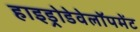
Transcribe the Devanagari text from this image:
हाइड्रोडेवेलॉपमेंट